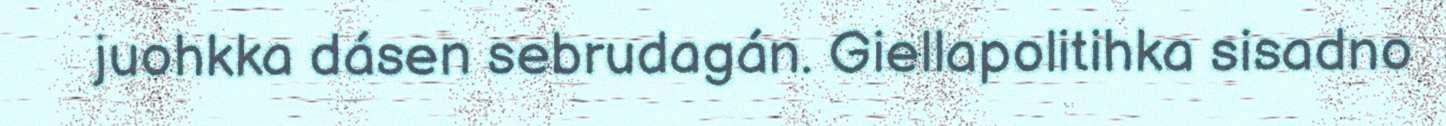
juohkka dásen sebrudagán. Giellapolitihka sisadno